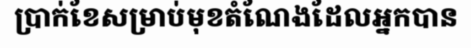
ប្រាក់ខែសម្រាប់មុខតំណែងដែលអ្នកបាន